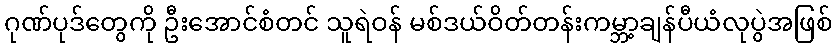
ဂုဏ်ပုဒ်တွေကို ဦးအောင်စံတင် သူရဲဝန် မစ်ဒယ်ဝိတ်တန်းကမ္ဘာ့ချန်ပီယံလုပွဲအဖြစ်